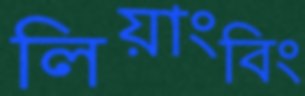
লিয়াংবিং